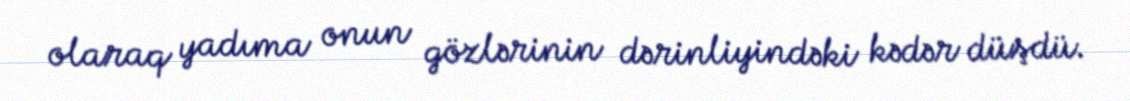
olaraq yadıma onun gözlərinin dərinliyindəki kədər düşdü.